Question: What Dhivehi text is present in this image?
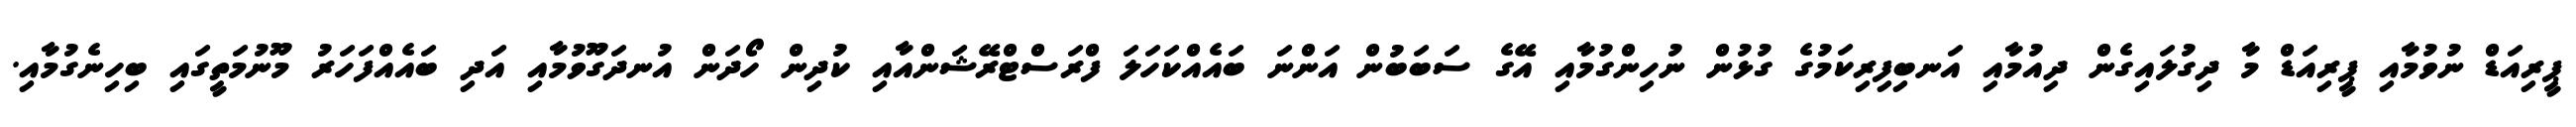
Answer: ޕީރިއަޑް ނުވުމާއި ޕީރިއަޑް މާ ދިގުލައިގެން ދިއުމާއި އަނބިފިރިކަމުގެ ގުޅުން ނުހިންގުމާއި އޭގެ ސަބަބުން އަންނަ ބައެއްކަހަލަ ފްރަސްޓްރޭޝަންއާއި ކުދިން ހޯދަން އުނދަގޫވުމާއި އަދި ބައެއްފަހަރު މޫނުމަތީގައި ބިހިނެގުމާއި.